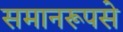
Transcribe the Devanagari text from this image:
समानरूपसे